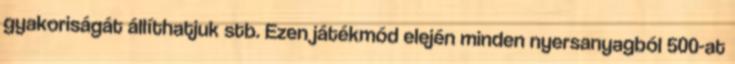
gyakoriságát állíthatjuk stb. Ezen játékmód elején minden nyersanyagból 500-at